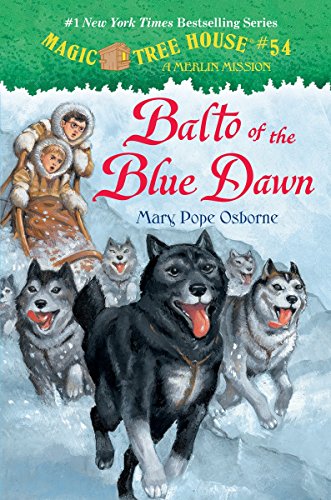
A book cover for Magic Tree House #54: Balto of the Blue Dawn (A Stepping Stone Book(TM)); Mary Pope Osborne; Children's Books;